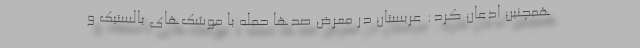
همچنین اذعان کرد: عربستان در معرض صدها حمله با موشک‌های بالستیک و